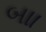
બાા